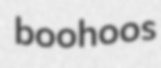
boohoos